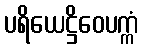
ပရိယေဋ္ဌိဝေပက္ကံ